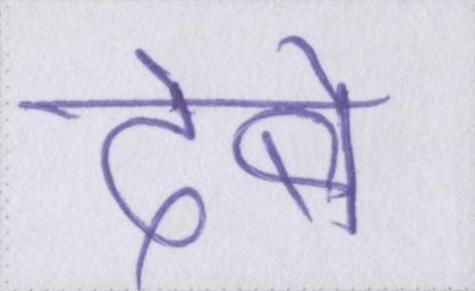
देबे